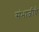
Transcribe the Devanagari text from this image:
संभाजीचे